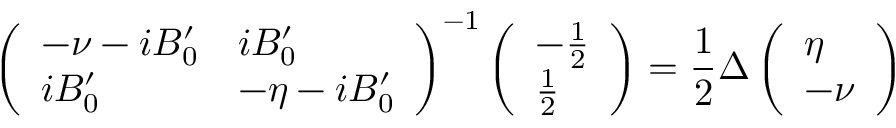
\left( \begin{array} { l l } { - \nu - i B _ { 0 } ^ { \prime } } & { i B _ { 0 } ^ { \prime } } \\ { i B _ { 0 } ^ { \prime } } & { - \eta - i B _ { 0 } ^ { \prime } } \end{array} \right) ^ { - 1 } \left( \begin{array} { l } { - \frac { 1 } { 2 } } \\ { \frac { 1 } { 2 } } \end{array} \right) = \frac { 1 } { 2 } \Delta \left( \begin{array} { l } { \eta } \\ { - \nu } \end{array} \right)